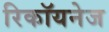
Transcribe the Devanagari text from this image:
रिकॉयनेज